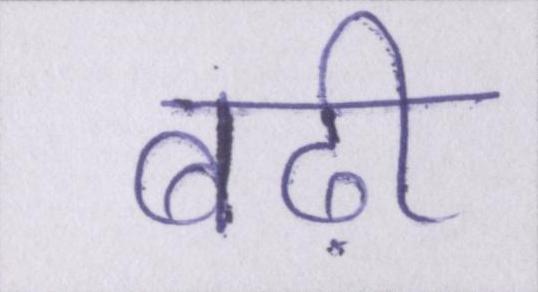
बढ़ी